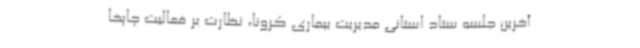
آخرین جلسه ستاد استانی مدیریت بیماری کرونا، نظارت بر فعالیت چاپخا